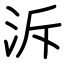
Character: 泝